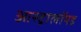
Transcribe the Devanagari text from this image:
आस्ट्रालॉयड